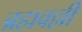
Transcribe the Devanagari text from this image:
ब्रह्मवल्ली